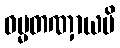
ဓမ္မတဏှာယပိ